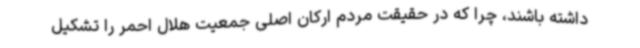
داشته باشند، چرا که در حقیقت مردم ارکان اصلی جمعیت هلال احمر را تشکیل